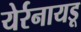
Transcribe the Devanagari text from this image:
येर्रनायडू